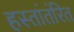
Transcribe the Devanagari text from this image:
हस्तांतंरित